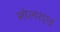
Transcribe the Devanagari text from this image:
सोलरएड